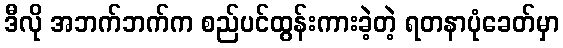
ဒီလို အဘက်ဘက်က စည်ပင်ထွန်းကားခဲ့တဲ့ ရတနာပုံခေတ်မှာ